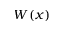
W ( x )